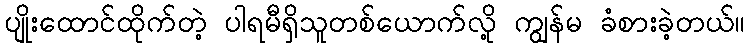
ပျိုးထောင်ထိုက်တဲ့ ပါရမီရှိသူတစ်ယောက်လို့ ကျွန်မ ခံစားခဲ့တယ်။